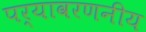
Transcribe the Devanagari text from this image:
पर्यावरणनीय